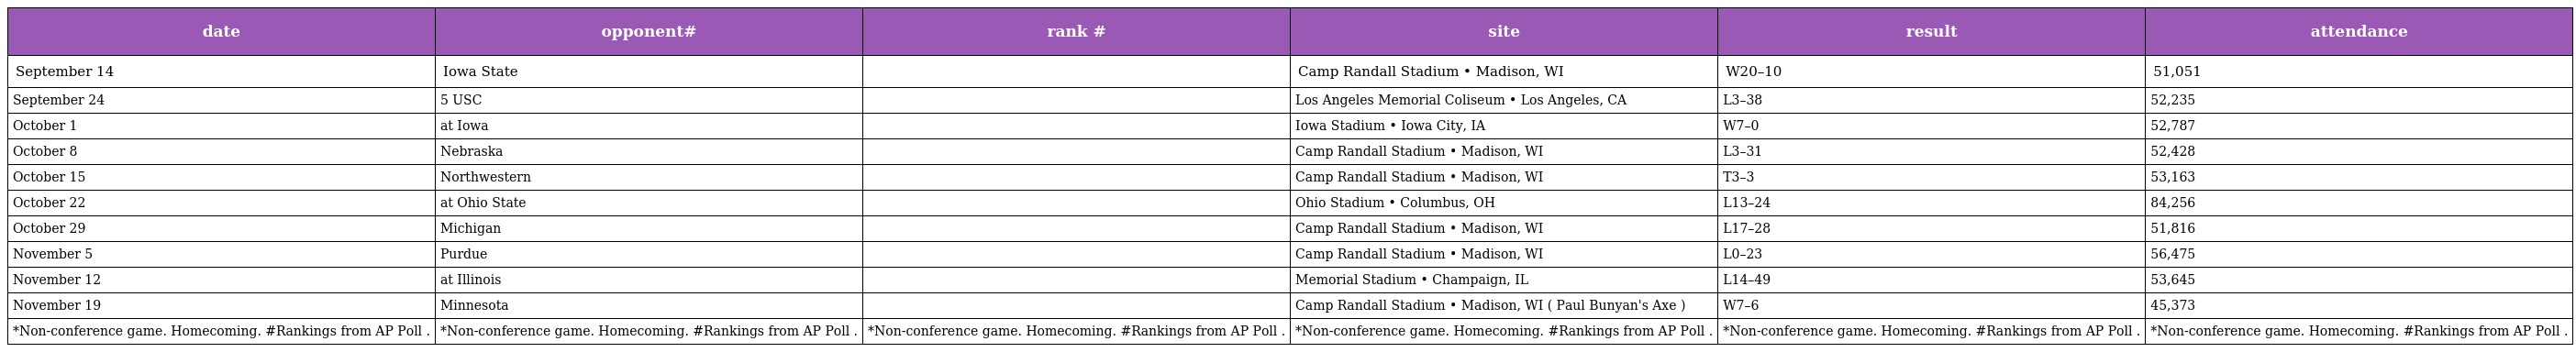
| date | opponent# | rank # | site | result | attendance |
 | --- | --- | --- | --- | --- | --- |
 | September 14 | Iowa State |  | Camp Randall Stadium • Madison, WI | W20–10 | 51,051 |
 | September 24 | 5 USC |  | Los Angeles Memorial Coliseum • Los Angeles, CA | L3–38 | 52,235 |
 | October 1 | at Iowa |  | Iowa Stadium • Iowa City, IA | W7–0 | 52,787 |
 | October 8 | Nebraska |  | Camp Randall Stadium • Madison, WI | L3–31 | 52,428 |
 | October 15 | Northwestern |  | Camp Randall Stadium • Madison, WI | T3–3 | 53,163 |
 | October 22 | at Ohio State |  | Ohio Stadium • Columbus, OH | L13–24 | 84,256 |
 | October 29 | Michigan |  | Camp Randall Stadium • Madison, WI | L17–28 | 51,816 |
 | November 5 | Purdue |  | Camp Randall Stadium • Madison, WI | L0–23 | 56,475 |
 | November 12 | at Illinois |  | Memorial Stadium • Champaign, IL | L14–49 | 53,645 |
 | November 19 | Minnesota |  | Camp Randall Stadium • Madison, WI ( Paul Bunyan's Axe ) | W7–6 | 45,373 |
 | *Non-conference game. Homecoming. #Rankings from AP Poll . | *Non-conference game. Homecoming. #Rankings from AP Poll . | *Non-conference game. Homecoming. #Rankings from AP Poll . | *Non-conference game. Homecoming. #Rankings from AP Poll . | *Non-conference game. Homecoming. #Rankings from AP Poll . | *Non-conference game. Homecoming. #Rankings from AP Poll . |